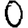
Digit: 0